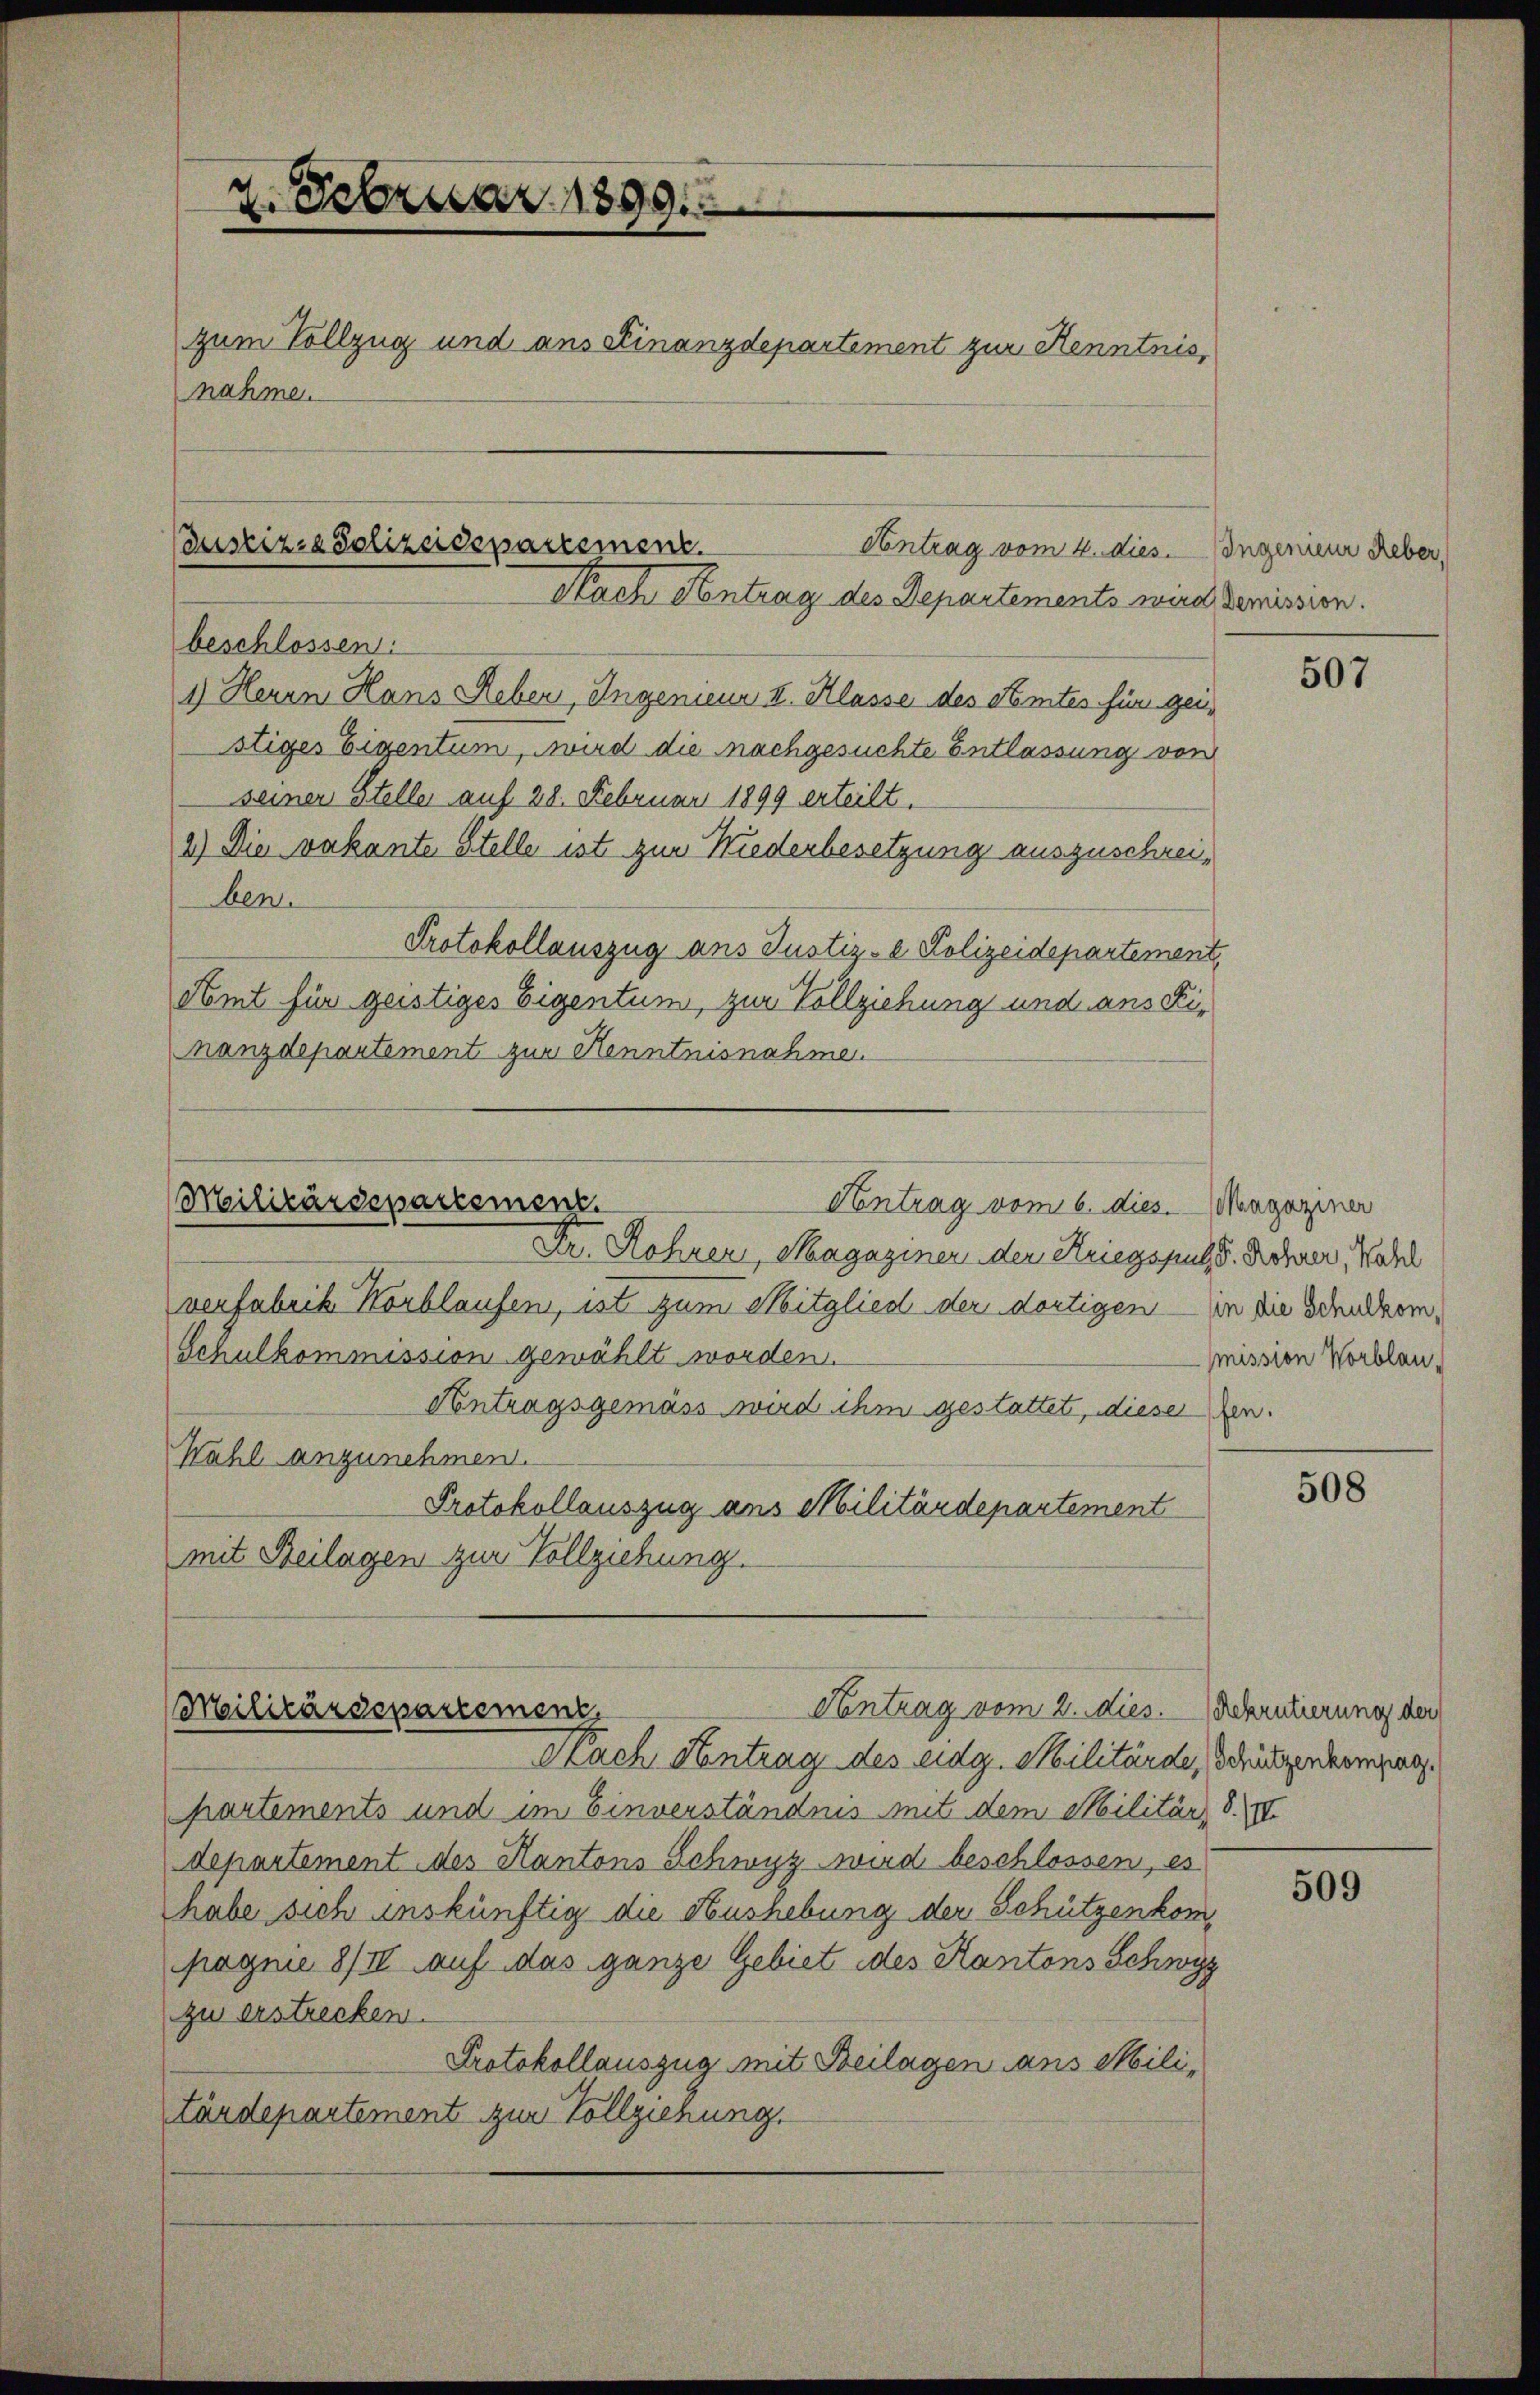
2. Februar 1899
zum Vollzug und aus Finanzdepartement zur Kenntnis,
nahme.

beschlossen:
1) Heren Hans Leben Ingenieur II. Klasse des Kemtes für gei
stiges Eigentum, wird die nachgesuchte Entlassung von
seiner Steller auf 28. Februar 1899 erteilt.
2.) Die vakante Stelle ist zur Niederbesetzung auszuschreiben.
Protokollauszug ans Justiz-e Polizeidepartement,
Amt für geistiges Eigentum, zur Vollziehung und aus Finanzdepartement zur Kenntnisnahme.

ustiz- & Polizeidepartement
Contrag vom 4. dies. Ingenien Leber,
Nach Antrag des Departements wird demission.

Militärdepartemenz.
Contrag vom 6. dies. Magaziner
Dr. Rohrer, Magaziner der Kriegspul u. Rohner, Kadel

Antrag vom 2. dies
Militärdepartement,

Nach Antrag des eidg. Militärde, Schützendermag.
partements und im Einverständnis mit dem Militärz 8. IV.
departement des Kantons Schwyz wird beschlossen, es
habe sich inskünftig die Aushebung der Schützenkompagnie 8/IV auf das ganze Gebiet des Kantons Schwyz
zu erstrecken.
Protokollauszug mit Beilagen aus Militärdepartement zur Vollziehung.

verfabrik Horblaufen, ist zum Mitglied der dortigen — an die Schulkom¬
Schulkommission gewählt worden.
Contragsgemäss wird ihm gestattet, dieser Zen¬
Wahl anzunehmen.
Protokollauszug aus Militärdepartement
mit Beilagen zur Vollziehung.

507

mission Worblau,

508

Rekrutierung der

509